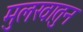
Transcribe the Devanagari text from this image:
मुलखातुन